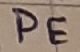
Text: PE